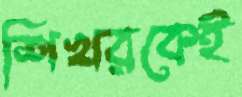
শিখরকেই